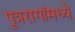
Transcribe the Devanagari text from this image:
पुत्ररागांमध्ये